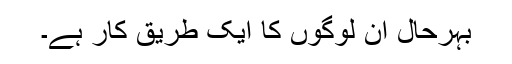
بہرحال ان لوگوں کا ایک طریقِ کار ہے۔